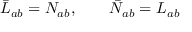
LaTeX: \bar { L } _ { a b } = N _ { a b } , \qquad \bar { N } _ { a b } = L _ { a b }